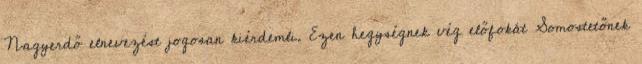
Nagyerdő elnevezést jogosan kiérdemli. Ezen hegységnek vég előfokát Somostetőnek